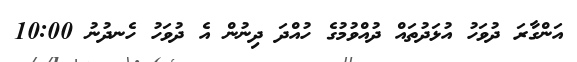
އަންގާރަ ދުވަހު އުޅަދުތައް ދުއްވުމުގެ ހުއްދަ ދިނުން އެ ދުވަހު ހެނދުނު 10:00